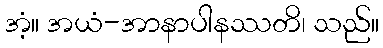
အံ့။ အယံ-အာနာပါနဿတိ၊ သည်။